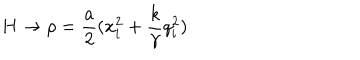
H \rightarrow \rho = \frac { a } { 2 } ( x _ { i } ^ { 2 } + \frac { k } { \gamma } q _ { i } ^ { 2 } )